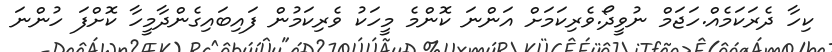
ކިހާ ދެރަކަމެއް.ހަޖަމް ނުވީދޯ.ވެރިކަމަށް އަންނަ ކޮންމެ މީހަކު ވެރިކަމުން ފައިބައިގެންދާމީހާ ކޮށްފަ ހުންނަ